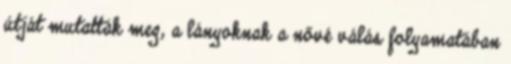
útját mutatták meg, a lányoknak a nővé válás folyamatában